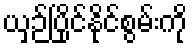
ယှဉ်ပြိုင်နိုင်စွမ်းကို